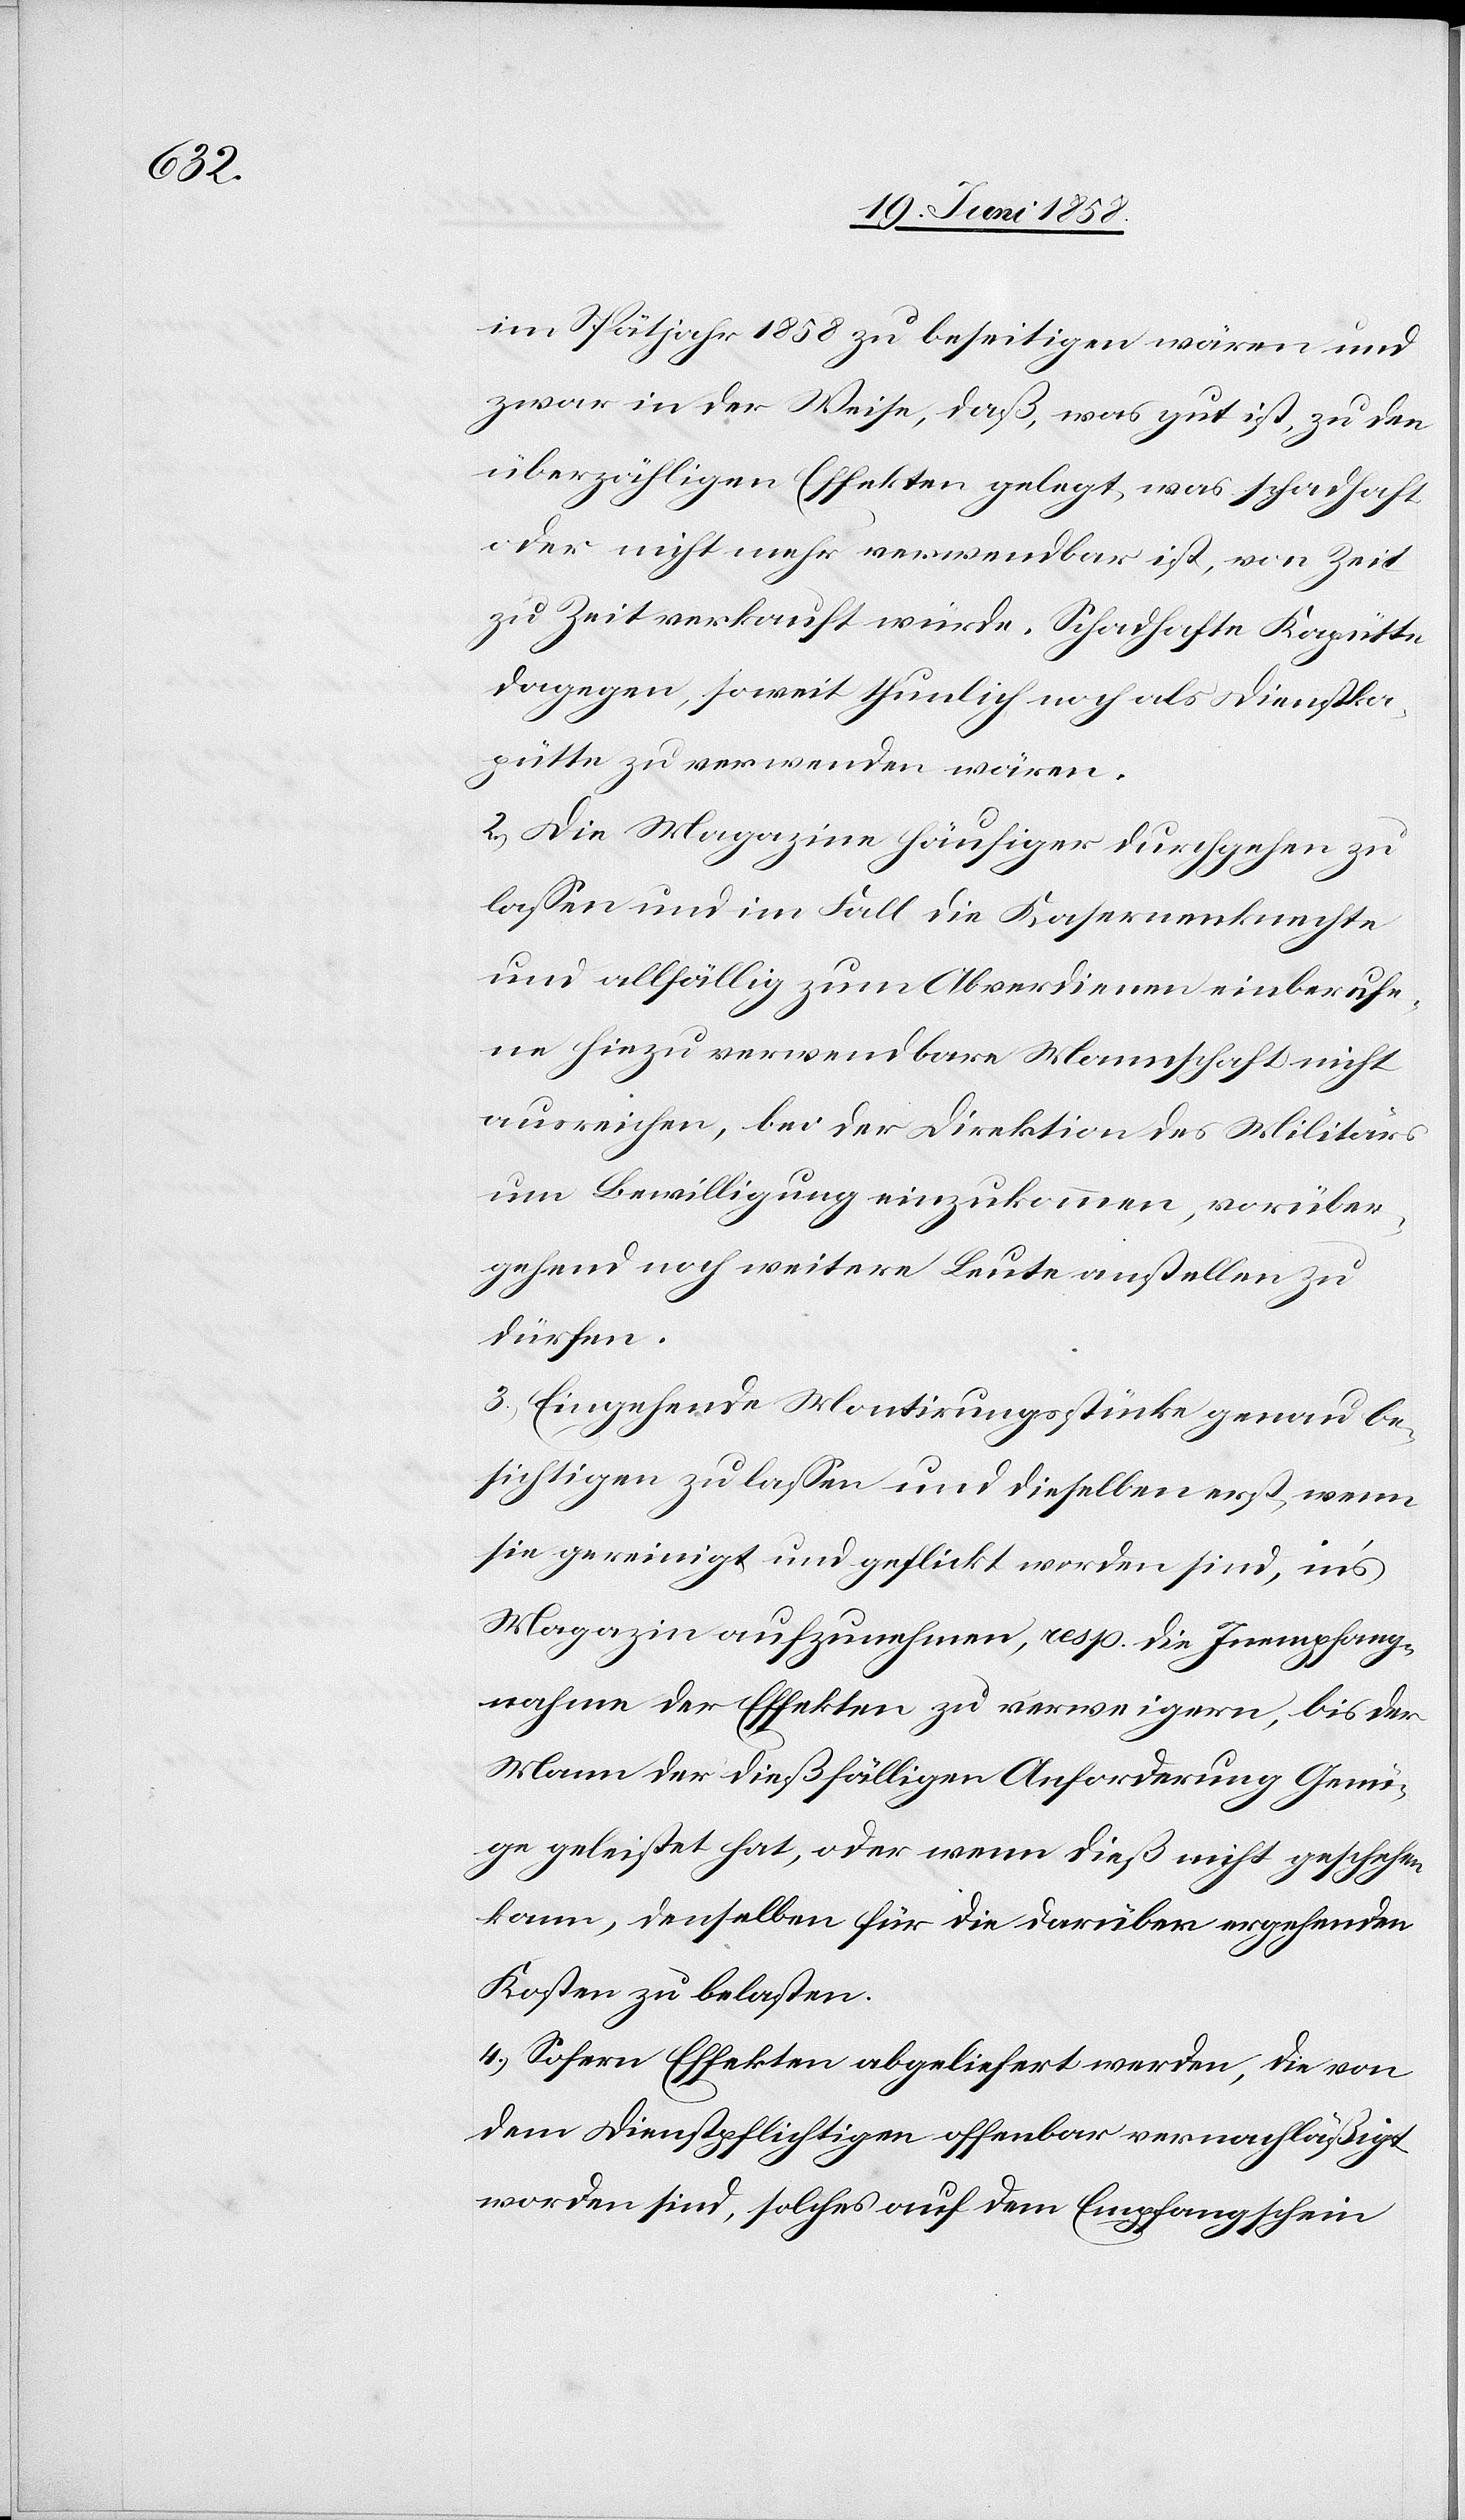
im Spätjahr 1858 zu beseitigen wären und
zwar in der Weise, daß, was gut ist, zu den
überzähligen Effekten gelegt, was schadhaft
oder nicht mehr verwendbar ist, von Zeit
zu Zeit verkauft würde. Schadhafte Kapütte
dagegen, soweit thunlich noch als Dienstka¬
pütte zu verwenden wären.
2.) Die Magazine häufiger durchgehen zu
lassen und im Fall die Kasernenknechte
und allfällig zum Abverdienen einberufe¬
ne hiezu verwendbare Mannschaft nicht
ausreichen, bei der Direktion des Militärs
um Bewilligung einzukommen, vorüber¬
gehend noch weitere Leute anstellen zu
dürfen.
3.) Eingehende Montirungsstücke genau be¬
sichtigen zu lassen und dieselben erst, wenn
sie gereinigt und geflickt worden sind, in’s
Magazin aufzunehmen, resp. die Inempfang¬
nahme der Effekten zu verweigern, bis der
Mann der dießfälligen Anforderung Genü¬
ge geleistet hat, oder wenn dieß nicht geschehen
kann, denselben für die darüber ergehenden
Kosten zu belasten.
4.) Sofern Effekten abgeliefert werden, die von
dem Dienstpflichtigen offenbar vernachläßigt
worden sind, solches auf dem Empfangschein